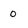
Character: 0